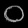
Digit: ၀